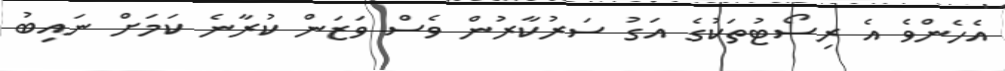
އެހެންވެ އެ ރިސޯޓުތަކުގެ އަގު ސަރުކާރުން ވެސް ވަޒަން ކުރާނެ ކަމަށް ނައިބު